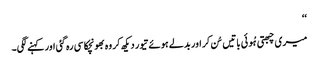
‘‘
میری چبھتی ہُوئی باتیں سُن کر اور بدلے ہوئے تیور دیکھ کر وہ بھونچکا سی رہ گئی اور کہنے لگی۔